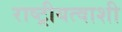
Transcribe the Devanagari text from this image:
राष्ट्रीयत्वाशी